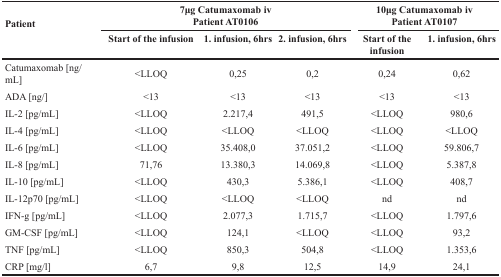
| <ROWSPAN=2> Patient | <COLSPAN=3> 7μg Catumaxomab ivPatient AT0106 | <COLSPAN=2> 10μg Catumaxomab ivPatient AT0107 |
 | Start of the infusion | 1. infusion, 6hrs | 2. infusion, 6hrs | Start of the infusion | 1. infusion, 6hrs |
 | --- | --- | --- | --- | --- | --- |
 | Catumaxomab [ng/mL] | <LLOQ | 0,25 | 0,2 | 0,24 | 0,62 |
 | ADA [ng/] | <13 | <13 | <13 | <13 | <13 |
 | IL-2 [pg/mL] | <LLOQ | 2.217,4 | 491,5 | <LLOQ | 980,6 |
 | IL-4 [pg/mL] | <LLOQ | <LLOQ | <LLOQ | <LLOQ | <LLOQ |
 | IL-6 [pg/mL] | <LLOQ | 35.408,0 | 37.051,2 | <LLOQ | 59.806,7 |
 | IL-8 [pg/mL] | 71,76 | 13.380,3 | 14.069,8 | <LLOQ | 5.387,8 |
 | IL-10 [pg/mL] | <LLOQ | 430,3 | 5.386,1 | <LLOQ | 408,7 |
 | IL-12p70 [pg/mL] | <LLOQ | <LLOQ | <LLOQ | nd | nd |
 | IFN-g [pg/mL] | <LLOQ | 2.077,3 | 1.715,7 | <LLOQ | 1.797,6 |
 | GM-CSF [pg/mL] | <LLOQ | 124,1 | <LLOQ | <LLOQ | 93,2 |
 | TNF [pg/mL] | <LLOQ | 850,3 | 504,8 | <LLOQ | 1.353,6 |
 | CRP [mg/l] | 6,7 | 9,8 | 12,5 | 14,9 | 24,1 |